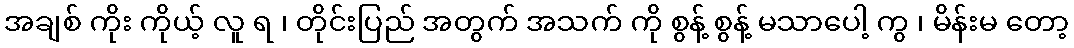
အချစ် ကိုး ကိုယ့် လူ ရ ၊ တိုင်းပြည် အတွက် အသက် ကို စွန့် စွန့် မသာပေါ့ ကွ ၊ မိန်းမ တော့